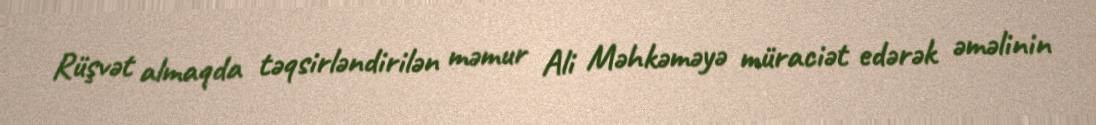
Rüşvət almaqda təqsirləndirilən məmur Ali Məhkəməyə müraciət edərək əməlinin